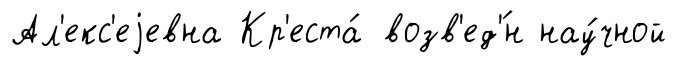
Ал'екс'еjевна Кр'еста́ возв'ед'́н нау́чной